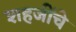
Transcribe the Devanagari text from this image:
शहजींचे